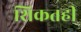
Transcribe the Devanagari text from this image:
शिकतही